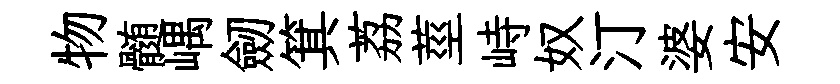
物髄嵎劒箕荔莖峙奴汀婆安